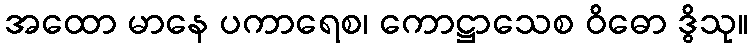
အထော မာနေ ပကာရေစ၊ ကောဋ္ဌာသေစ ဝိဓော ဒွိသု။